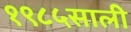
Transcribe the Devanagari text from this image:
१९८५साली